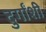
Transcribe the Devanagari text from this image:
दुर्गांशी